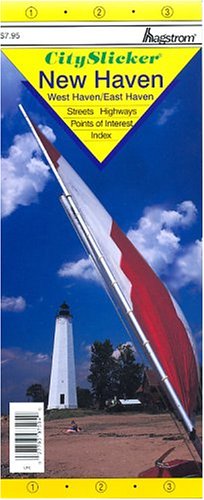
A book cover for New Haven, Ct Slicker (City Slicker); Hagstrom Map Company; Travel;